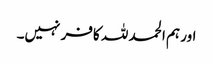
اور ہم الحمد للہ کافر نہیں۔